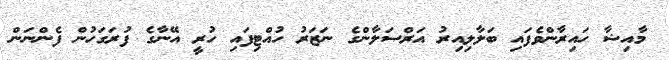
މާއިޝާ ހައިރާންވެފައި ބަލާލިއިރު އަރްސަލާންގެ ނަޒަރު ހުއްޓިފައި ހުރީ އޭނާގެ ފުރަގަހުން ފެންނަން